Riigikantselei, lk 90
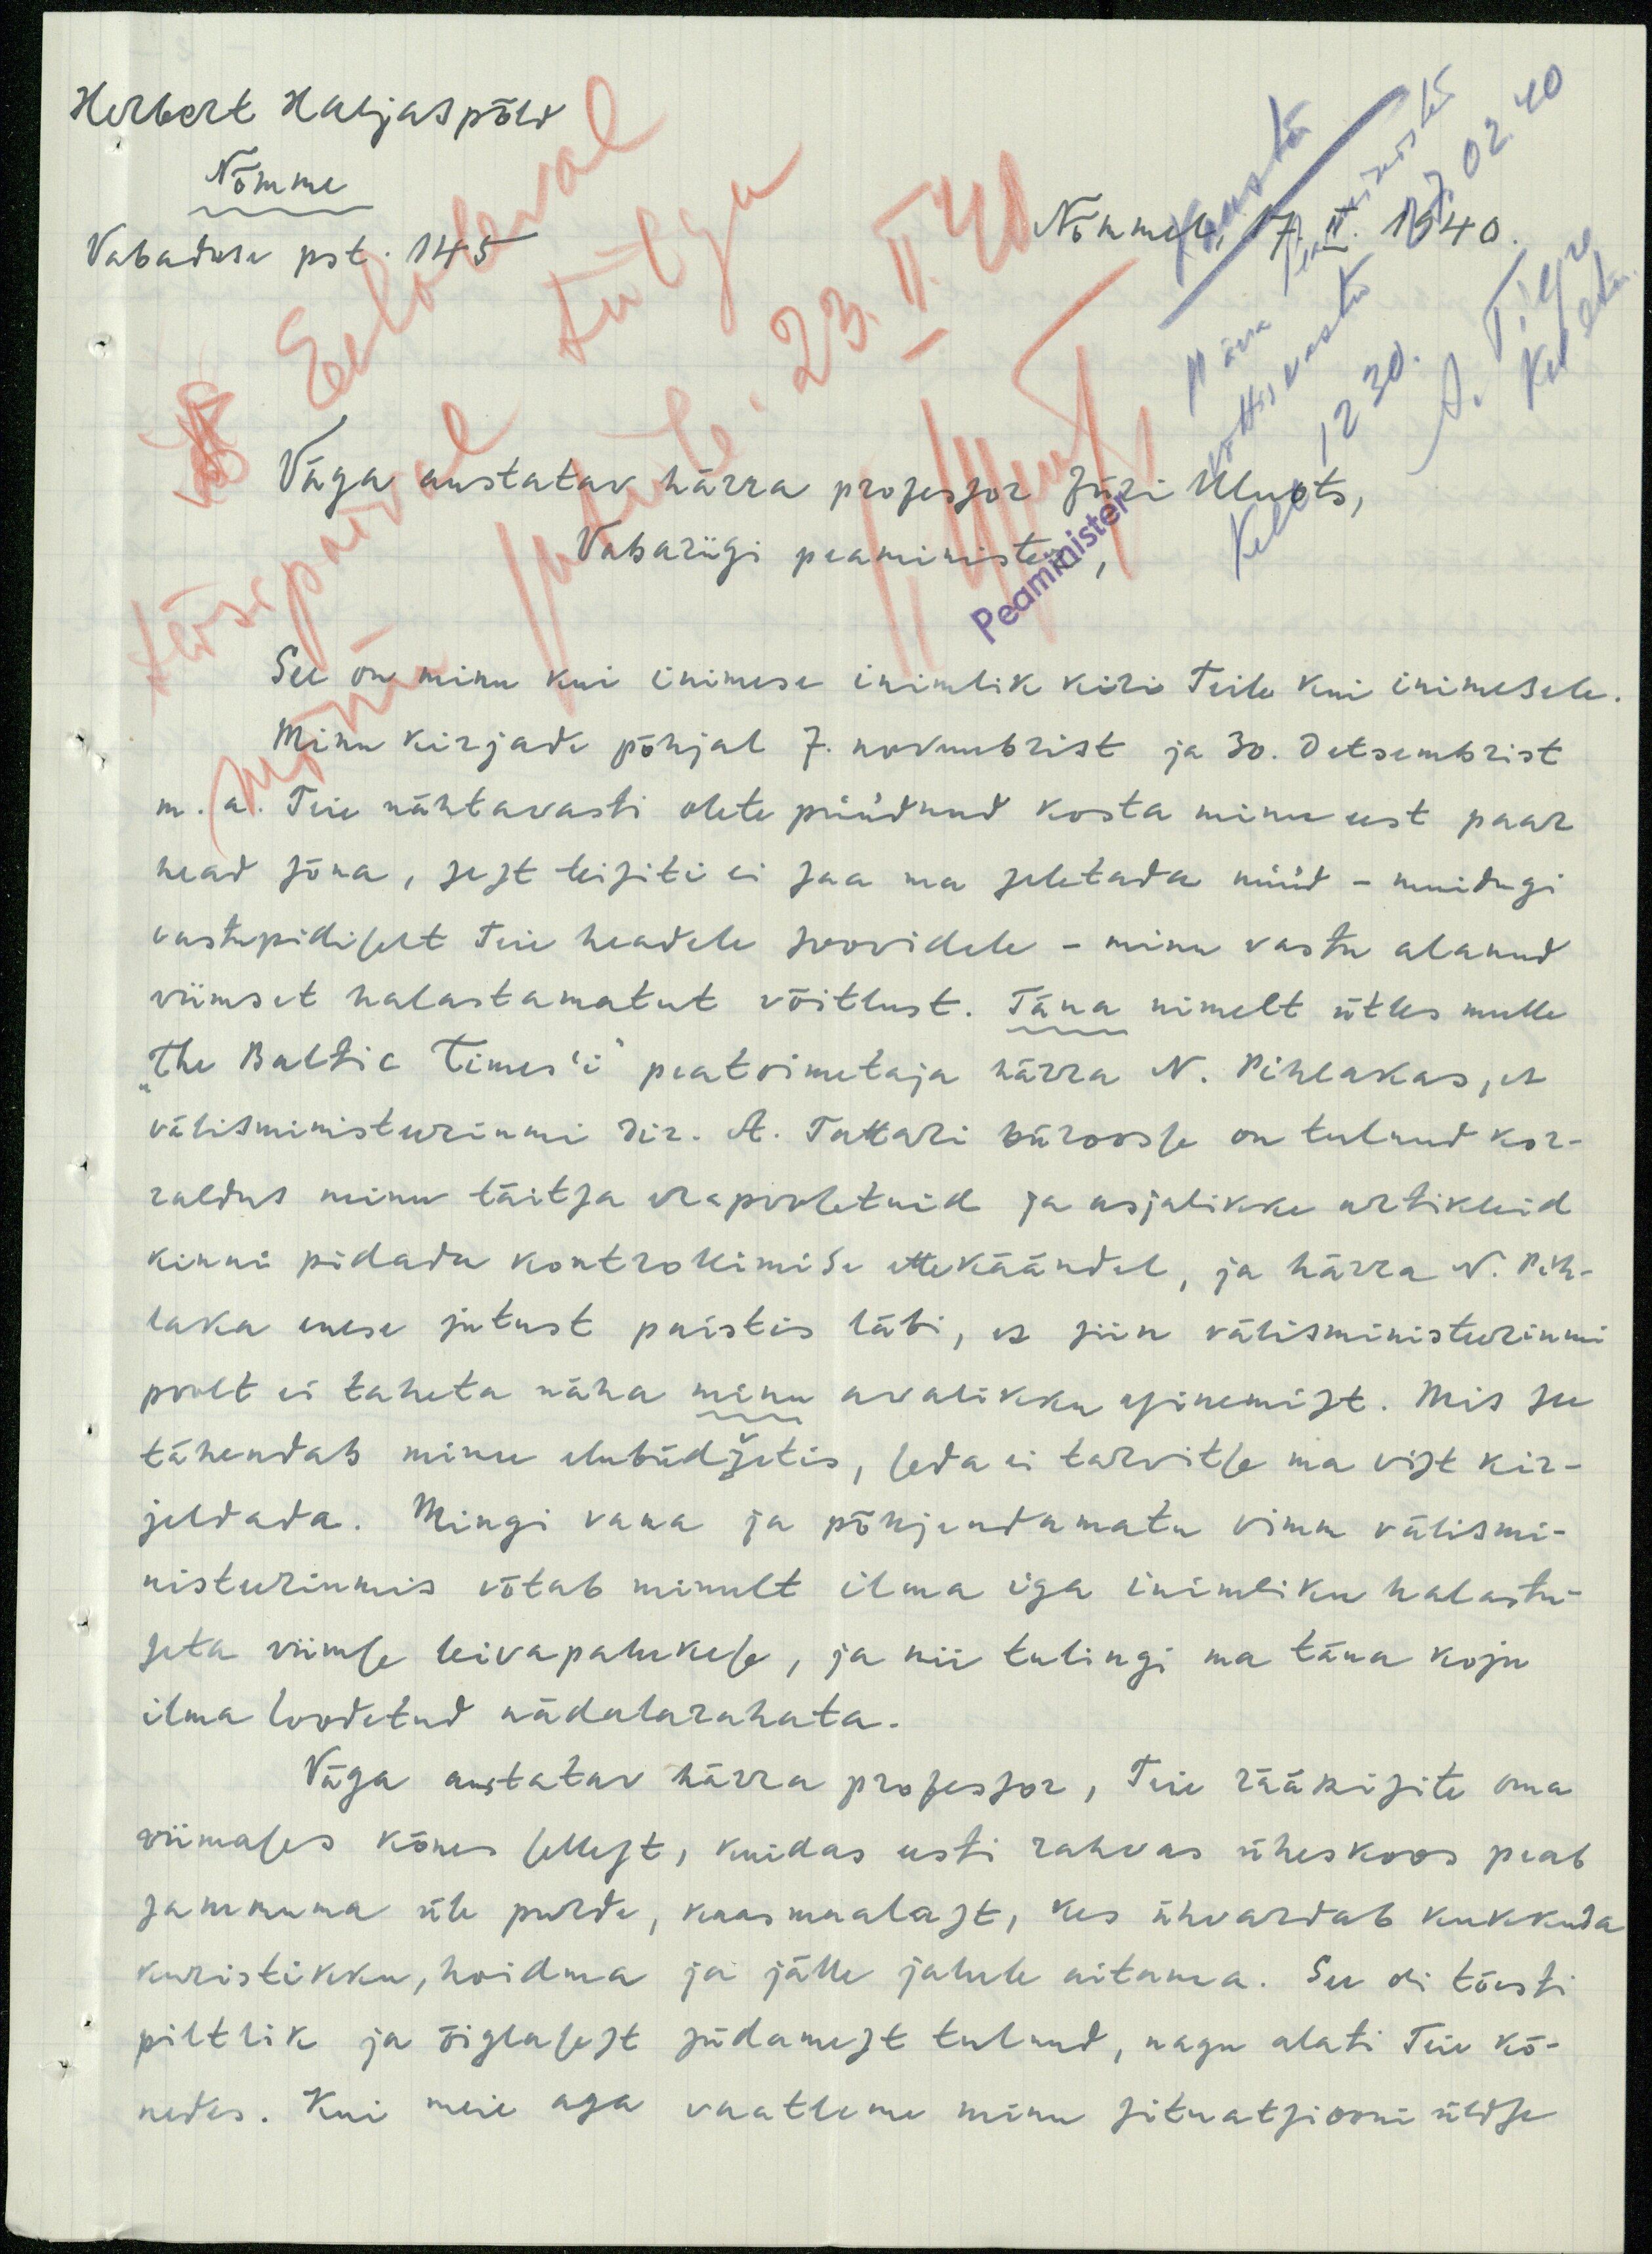
Herbert Haljaspõld
Nõmme
Vabaduse pst. 145
Nõmmel, 17. II. 1940
Väga austatav härra professor Jüri Uluots,
Vabariigi peaminister ,
See on minu kui inimese inimlik kiri teile kui inimesele.
Minu kirjade põhjal 7. novembrist ja 30. Detsembrist
m. a. Teie nähtavasti olete püüdnud kosta minu eest paar
head sõna, sest teisiti ei saa ma seletada nüüd - muidugi
vastupidiselt teie headele soovidele - minu vastu alanud
viimset halastamatut võitlust. Täna nimelt ütles mulle
The Baltic Times'i peatoimetaja härra N. Pihlakas, et
välismiristeeriumi dir. A. Tattari büroosse on tulnud kor-
raldus minu täitsa erapooletuid ja asjalikku artikleid
kinni pidada kontrollimise ettekääntel, ja härra N. Pih-
laka enese jutust paistis läbi, et siin välisministeeriumi
poolt ei taheta näha minu avalikku esinemist. Mis see
tähendab minu elubüdžetis, seda ei tarvitse ma vist kir-
jeldada. Mingi vana ja põhjendamata vimm välismi-
nisteriumis võtab minult ilma iga inimliku halastus-
seta viimse leivapalukese, ja nii tulingi ma täna koju
ilma loodetud nädalarahata.
Väga austatav härra professor, Teie rääkisite oma
viimases kõnes sellest, kuidas eesti rahvas üheskoos peab
sammuma üle purde, kaasmaalast, kes ähvardab kukkuda
kuristikku, hoidma ja jälle jalule aitama. See ei tõesti
piltlik ja õiglasest südamest tulnud, nagu alati Teie kõ-
nedes. Kui meie aga vaatleme minu situatsiooni üldse